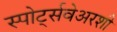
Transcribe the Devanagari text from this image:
स्पोर्ट्सवेअरशी